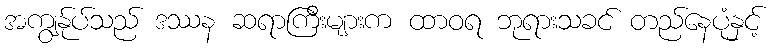
အကျွန်ုပ်သည် ဒဿန ဆရာကြီးများက ထာဝရ ဘုရားသခင် တည်နေပုံနှင့်